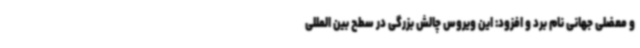
و معضلی جهانی نام برد و افزود: این ویروس چالش بزرگی در سطح بین المللی